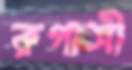
রূপাসী